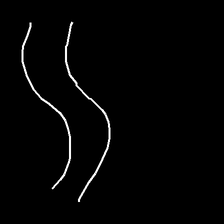
Glyph: float